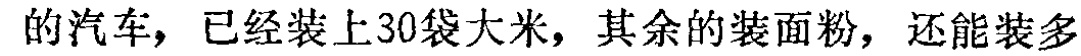
的汽车，已经装上30袋大米，其余的装面粉，还能装多